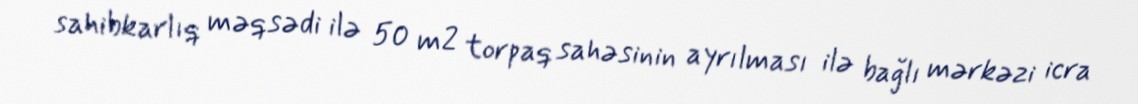
sahibkarlıq məqsədi ilə 50 m2 torpaq sahəsinin ayrılması ilə bağlı mərkəzi icra